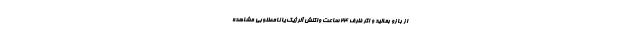
از بازو بمالید و اگر ظرف ۲۴ ساعت واکنش آلرژیک یا نامطلوبی مشاهده